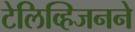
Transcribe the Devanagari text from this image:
टेलिव्हिजनने